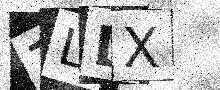
Text: ZLLX